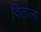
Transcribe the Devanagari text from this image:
विताला